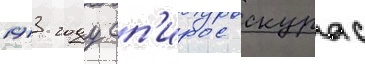
1913 году сп'ирос скурас